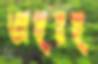
অহরহ